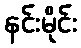
နင်းမိုင်း